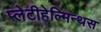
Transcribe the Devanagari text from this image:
प्लेटीहेल्मिन्थस